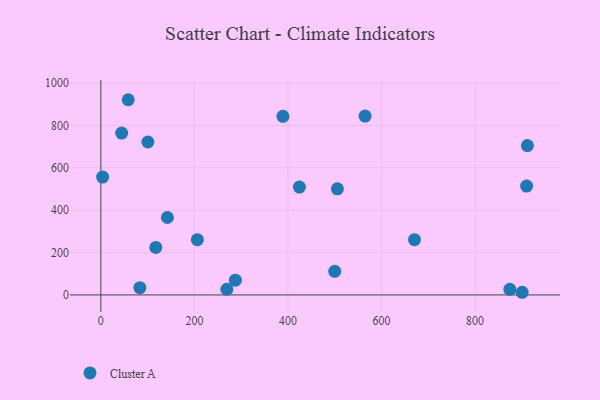
{"axis": {"x": "Ad Spend", "y": "Demand"}, "legend": ["Cluster A"], "data": [{"x": "287.6", "y": 69.7, "type": "Cluster A"}, {"x": "500.0", "y": 111.2, "type": "Cluster A"}, {"x": "424.5", "y": 509.1, "type": "Cluster A"}, {"x": "389.3", "y": 843.1, "type": "Cluster A"}, {"x": "58.5", "y": 921.3, "type": "Cluster A"}, {"x": "83.4", "y": 34.2, "type": "Cluster A"}, {"x": "206.3", "y": 260.7, "type": "Cluster A"}, {"x": "44.5", "y": 763.9, "type": "Cluster A"}, {"x": "564.8", "y": 844.2, "type": "Cluster A"}, {"x": "142.2", "y": 365.4, "type": "Cluster A"}, {"x": "269.4", "y": 26.8, "type": "Cluster A"}, {"x": "911.8", "y": 704.7, "type": "Cluster A"}, {"x": "3.8", "y": 556.0, "type": "Cluster A"}, {"x": "117.5", "y": 224.3, "type": "Cluster A"}, {"x": "910.2", "y": 513.6, "type": "Cluster A"}, {"x": "900.7", "y": 12.5, "type": "Cluster A"}, {"x": "505.7", "y": 500.7, "type": "Cluster A"}, {"x": "100.5", "y": 721.7, "type": "Cluster A"}, {"x": "874.3", "y": 26.3, "type": "Cluster A"}, {"x": "670.5", "y": 260.8, "type": "Cluster A"}]}